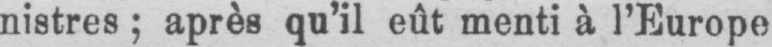
nistres; après qu’il eût menti à l’Europe